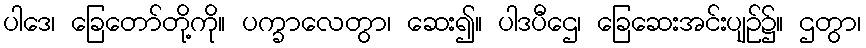
ပါဒေ၊ ခြေတော်တို့ကို။ ပက္ခာလေတွာ၊ ဆေး၍။ ပါဒပီဌေ၊ ခြေဆေးအင်းပျဉ်၌။ ဌတွာ၊